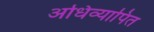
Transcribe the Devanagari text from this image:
अधिव्यापित